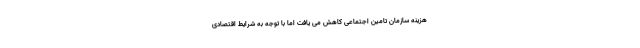
هزینه سازمان تامین اجتماعی کاهش می یافت اما با توجه به شرایط اقتصادی